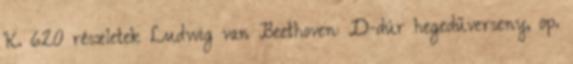
K. 620 részletek Ludwig van Beethoven: D-dúr hegedűverseny, op.